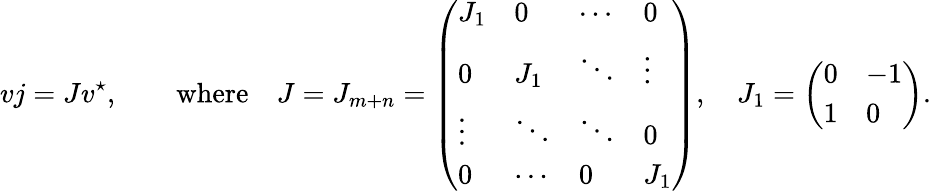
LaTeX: vj=Jv^{\star},\qquad\mathrm{where}\quad J=J_{m+n}=\left(\begin{array}{llll}{J_{1}}&{0}&{\cdots}&{0}\\ {0}&{J_{1}}&{\ddots}&{\vdots}\\ {\vdots}&{\ddots}&{\ddots}&{0}\\ {0}&{\cdots}&{0}&{J_{1}}\end{array}\right),\quad J_{1}=\left(\begin{array}{ll}{0}&{-1}\\ {1}&{0}\end{array}\right).